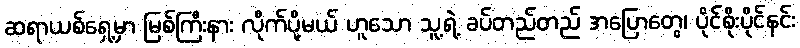
ဆရာယစ်ရှေ့မှာ မြစ်ကြီးနား လိုက်ပို့မယ် ဟူသော သူ့ရဲ့ ခပ်တည်တည် အပြောတွေ၊ ပိုင်စိုးပိုင်နင်း